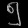
Digit: ၅